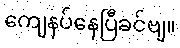
ကျေနပ်နေပြီခင်ဗျ။